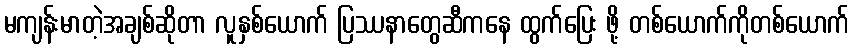
မကျန်းမာတဲ့အချစ်ဆိုတာ လူနှစ်ယောက် ပြဿနာတွေဆီကနေ ထွက်ပြေး ဖို့ တစ်ယောက်ကိုတစ်ယောက်